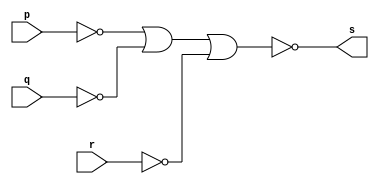
// ---------------------
// Guia 01 Ex4 - AND
// Nome:lvaro Henrique de Arajo Rungue
// ---------------------

// ---------------------
// -- and gate
// ---------------------

module andgate (s, p, q ,r);
 output s;
 input  p, q , r ;

 assign s = ~(~p  | ~q | ~r);

endmodule // andgate

// ---------------------
// -- test AND gate
// ---------------------

module testandgate;
 reg   a, b , c;
 wire  s;
          // instancia
 andgate AND1 (s, a, b,c);
 
          // parte principal

 initial begin:start 
a=0; b=0; c=0;
end 


 initial begin:main 
      $display("Guia 1 Exercicio 4 - Alvaro");
      $display("Test AND gate");
      $display("\na & b & c = s\n");
  
 $monitor("%b %b %b = %b" ,  a , b , c , s);     
      #1 a=0; b=0;c=1;
		#1 a=0; b=1;c=0;
		#1 a=0; b=1;c=1; 
	 	#1 a=1; b=0;c=0;
		#1 a=1; b=0;c=1;
		#1 a=1; b=1;c=0;
		#1 a=1; b=1;c=1;
 end

endmodule // testnorgate